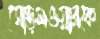
ঘোড়সওয়ারকে